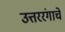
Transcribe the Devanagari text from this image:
उत्तररंगाचे